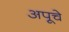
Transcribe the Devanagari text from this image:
अपूचे